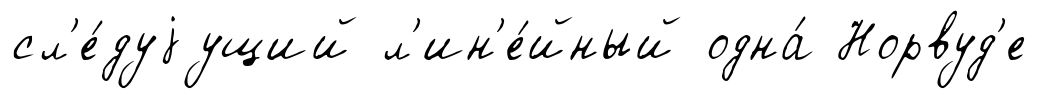
сл'е́дуjущий л'ин'е́йный одна́ Норвуд'е